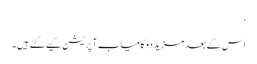
‘
اس کے بعد مزید دو کامیاب آپریشن کیے گئے ہیں۔